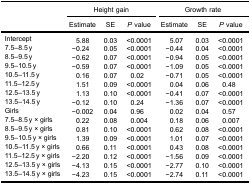
| <ROWSPAN=3>  | <COLSPAN=3> Height gain | <COLSPAN=3> Growth rate |
 | Estimate | SE | P value | Estimate | SE | P value |
 | --- | --- | --- | --- | --- | --- | --- |
 | Intercept | 5.88 | 0.03 | <0.0001 | 5.07 | 0.03 | <0.0001 |
 | 7.5–8.5 y | −0.24 | 0.05 | <0.0001 | −0.44 | 0.04 | <0.0001 |
 | 8.5–9.5 y | −0.62 | 0.07 | <0.0001 | −0.94 | 0.05 | <0.0001 |
 | 9.5–10.5 y | −0.59 | 0.07 | <0.0001 | −1.09 | 0.05 | <0.0001 |
 | 10.5–11.5 y | 0.16 | 0.07 | 0.02 | −0.71 | 0.05 | <0.0001 |
 | 11.5–12.5 y | 1.51 | 0.09 | <0.0001 | 0.04 | 0.06 | 0.48 |
 | 12.5–13.5 y | 1.13 | 0.10 | <0.0001 | −0.41 | 0.07 | <0.0001 |
 | 13.5–14.5 y | −0.12 | 0.10 | 0.24 | −1.36 | 0.07 | <0.0001 |
 | Girls | −0.002 | 0.04 | 0.96 | 0.02 | 0.04 | 0.57 |
 | 7.5–8.5 y × girls | 0.22 | 0.08 | 0.004 | 0.18 | 0.06 | 0.007 |
 | 8.5–9.5 y × girls | 0.81 | 0.10 | <0.0001 | 0.62 | 0.08 | <0.0001 |
 | 9.5–10.5 y × girls | 1.39 | 0.09 | <0.0001 | 1.01 | 0.07 | <0.0001 |
 | 10.5–11.5 y × girls | 0.66 | 0.11 | <0.0001 | 0.43 | 0.08 | <0.0001 |
 | 11.5–12.5 y × girls | −2.20 | 0.12 | <0.0001 | −1.56 | 0.09 | <0.0001 |
 | 12.5–13.5 y × girls | −4.13 | 0.15 | <0.0001 | −2.77 | 0.10 | <0.0001 |
 | 13.5–14.5 y × girls | −4.23 | 0.15 | <0.0001 | −2.74 | 0.11 | <0.0001 |